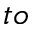
t o